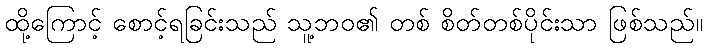
ထို့ကြောင့် စောင့်ရခြင်းသည် သူ့ဘဝ၏ တစ် စိတ်တစ်ပိုင်းသာ ဖြစ်သည်။